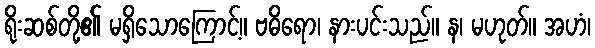
ရိုးဆစ်တို့၏ မရှိသောကြောင့်။ ဗဓိရော၊ နားပင်းသည်။ န၊ မဟုတ်။ အဟံ၊